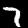
Label: 7